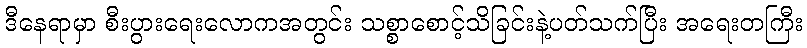
ဒီနေရာမှာ စီးပွားရေးလောကအတွင်း သစ္စာစောင့်သိခြင်းနဲ့ပတ်သက်ပြီး အရေးတကြီး